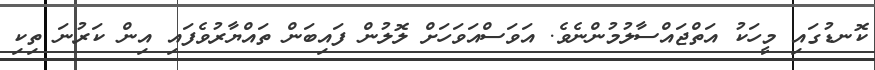
ކޮނޑުގައި މީހަކު އަތްޖައްސާލުމުންނެވެ. އަވަސްއަވަހަށް ލޮލުން ފައިބަން ތައްޔާރުވެފައި އިން ކަރުނަ ތިކި